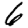
Digit: 6